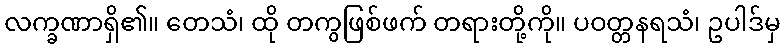
လက္ခဏာရှိ၏။ တေသံ၊ ထို တကွဖြစ်ဖက် တရားတို့ကို။ ပဝတ္တနရသံ၊ ဥပါဒ်မှ